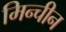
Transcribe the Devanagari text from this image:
मिन्चीन